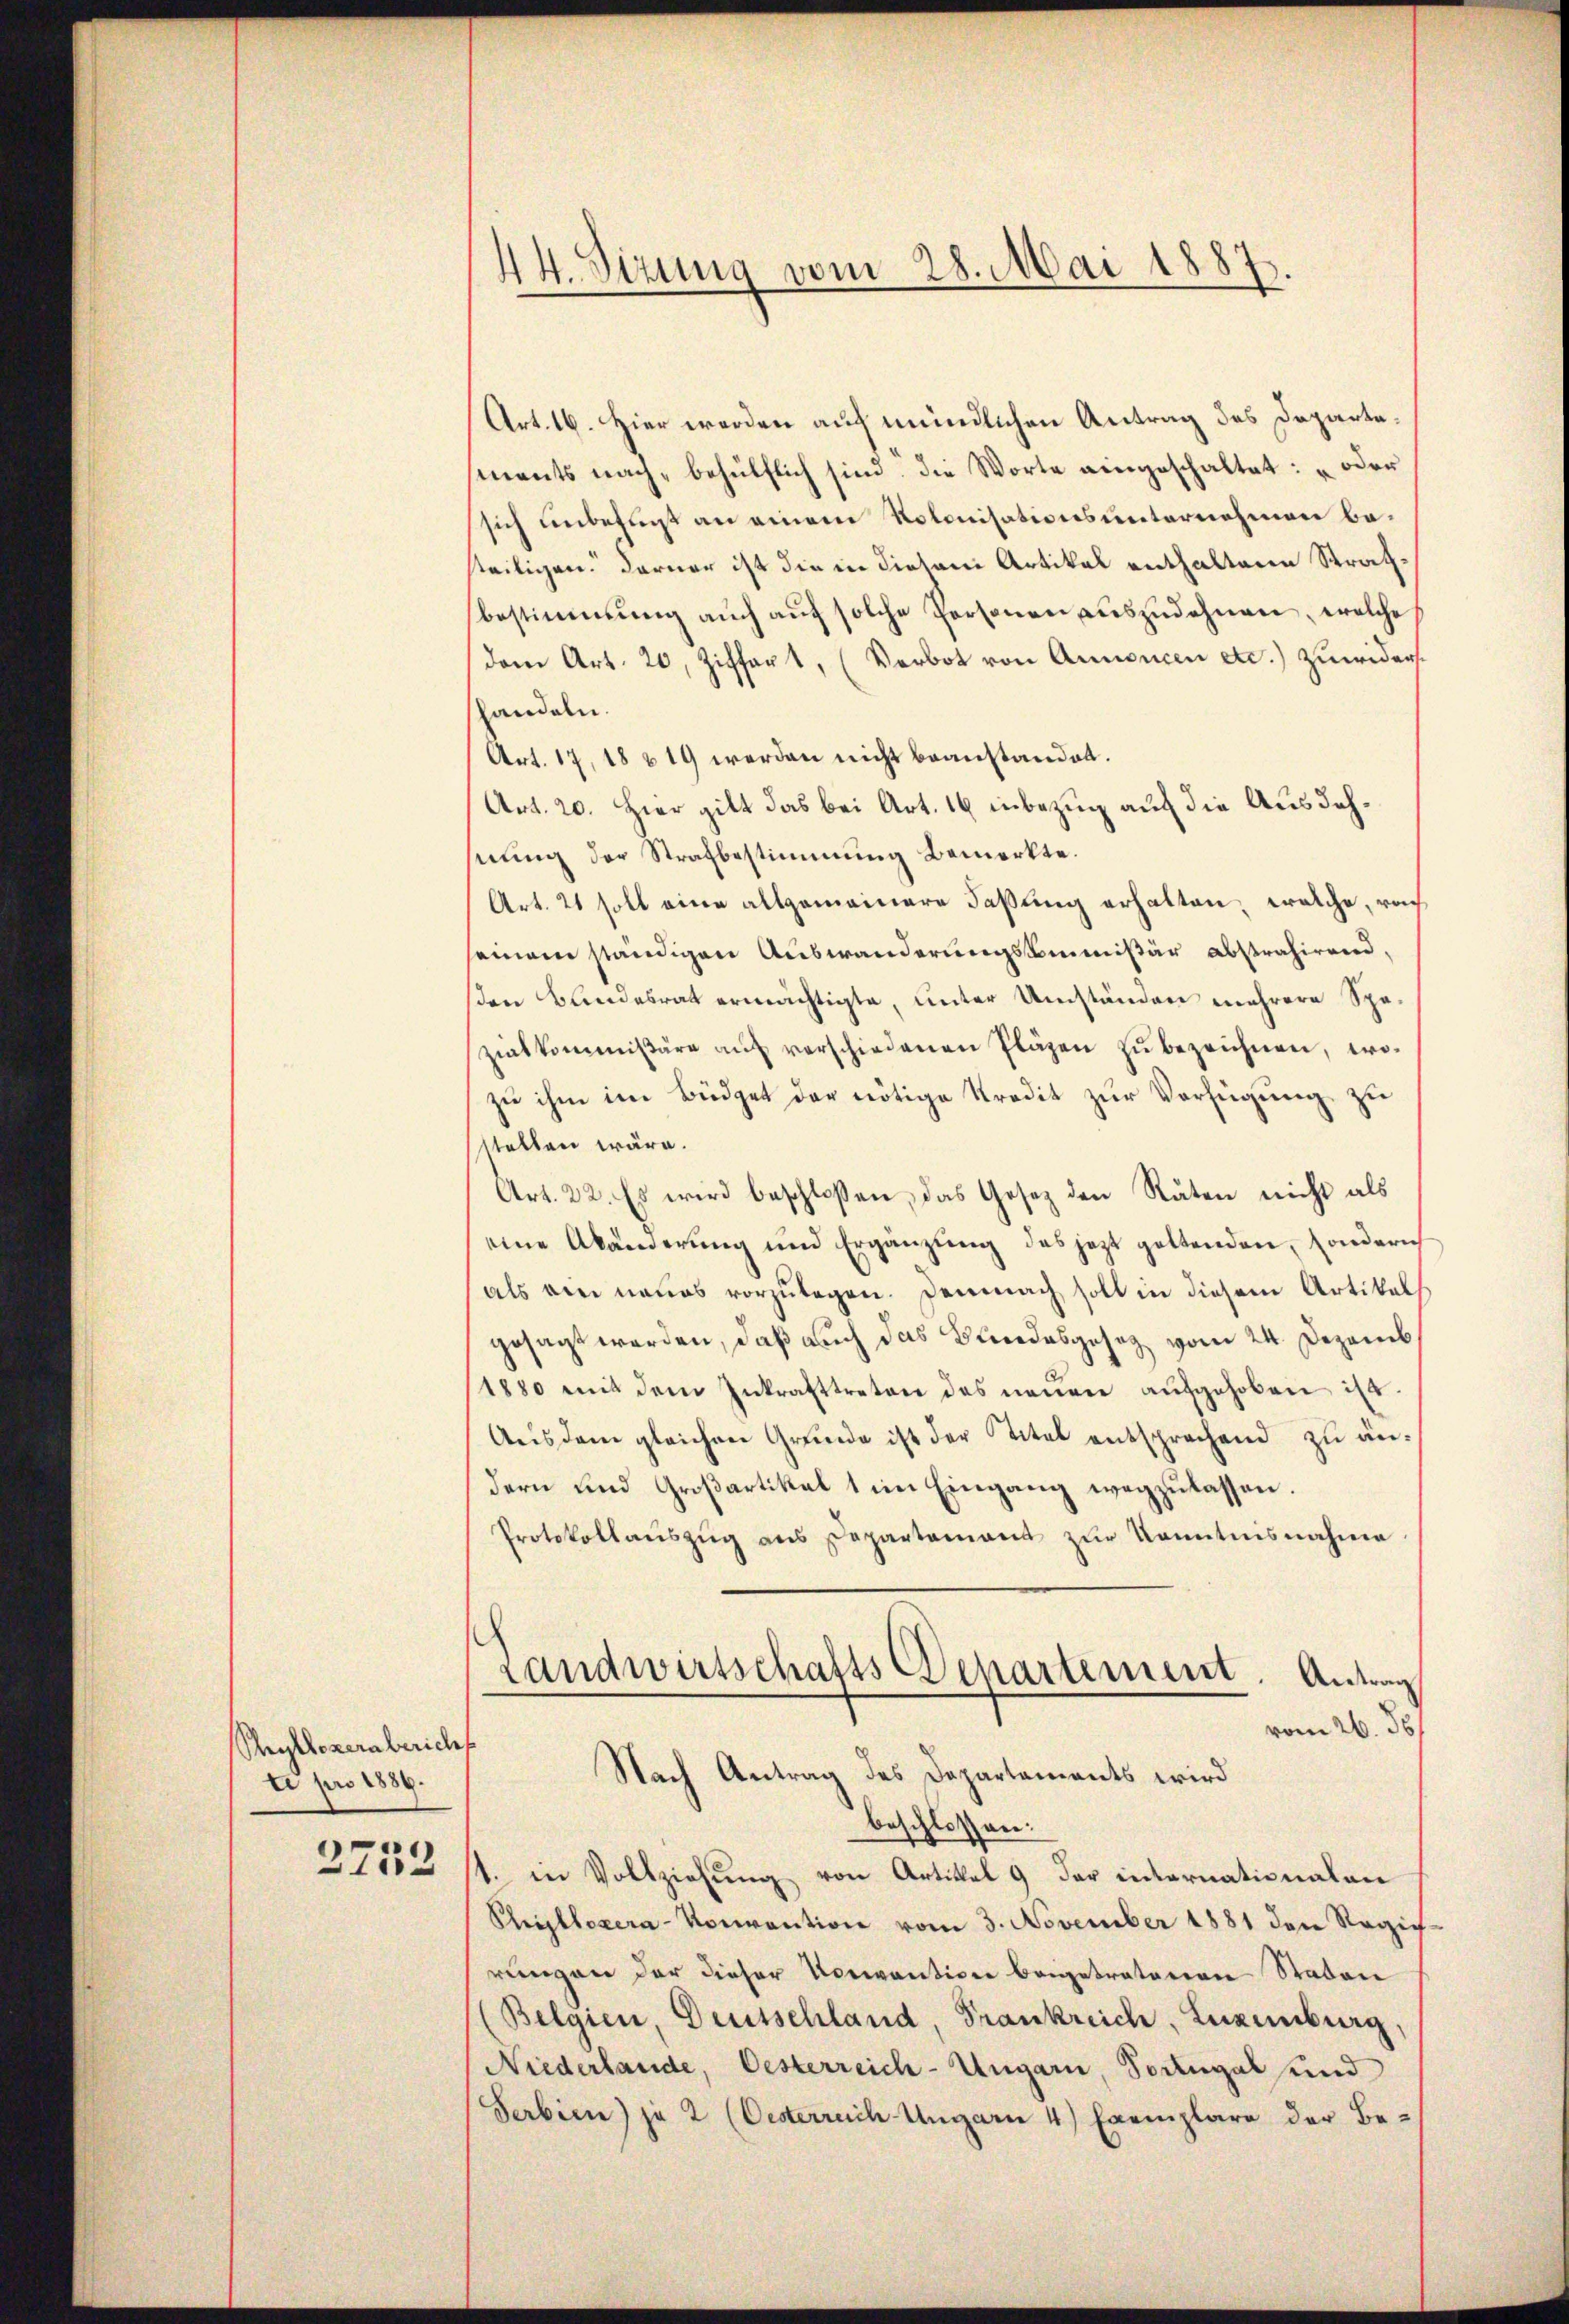
Reyllezernbericht
ti pro 1886.

2752

44. Sizung vom 28. Mai 1887

Art. 16. Hier werden auf mündlichen Antrag des Departements nach, behülflich sind die Worte eingeschaltet: „oder
sich unbefunst an einem Kolonisationsunternehmen besteiligen. Darner ist die in diesem Artikal enthaltene Strafbestimmung aŭch aŭf solche Personen aŭszŭdehnen, welche
(dem Art. 20, Ziffert, (Verbot von Annoncen etc.) zuwidershandeln.
Art. 17, 18 & 19 werden nicht beanstandet.
Art. 20. Hier gilt das bei Art. 16 inbezug auf die Ausdehnung der Strafbestimmung Bemerkte.
Art. 2 soll eine allgemeinere Faßung erhalten, welche, rach
einem ständigen Auswanderungskommißär abstrahirend,
sen Bundesrat ermächtigte, unter Umständen mehrere Spezialkommißäre auf verschiedenen Pläzen zu bezeichnen, wozu ihm im Büdget der nötige Kredit zur Verfügung zu
stellen wäre.
Art. 22. Es wird beschloßen, das Gesetz den Räten nicht als
eine Abänderung und Ergänzung des jezt geltenden, sondern
als ein neues vorzulegen. Demnach soll in diesem Artikal
gesagt werden, daß auch das Bundesgesez vom 24. Dezemb
1880 mit dem Inkrafttreten des neuen aŭfgehoben ist.
Ausdem gleichen Grunde ist der Titel entsprechend zu ändern und Großartikel 1 im Eingang wegzulassen.
Protokollaŭszŭg ans Departement zŭr Kenntnisnahme
Landwirtschafts Departement. Antrag
vom 26. ds
Nach Antrag des Departements wird
beschlossen:
1. in Vollziehŭng von Artikel 9 der internationalen
Phristloser-Konvention vom 3. November 1881 den Regie
rungen der dieser Vorwantion beigetretenen Staten
(Belgien, Deutschland, Frankreich, Luxenburg,
Niederlande, Oesterreich-Ungarn Portugal und
Serbien) ja 2 (Oesterreich Ungarn 4 Exemplare der Be-